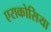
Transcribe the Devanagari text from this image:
एराकोसिया